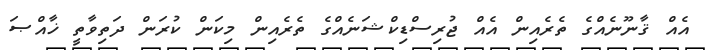
އެއް ޤާނޫނެއްގެ ތެރެއިން އެއް ޖުރިސްޑިކްޝަނެއްގެ ތެރެއިން މިކަން ކުރަން ދަތިވާތީ ޚާއްޞަ